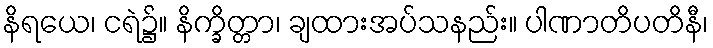
နိရယေ၊ ငရဲ၌။ နိက္ခိတ္တာ၊ ချထားအပ်သနည်း။ ပါဏာတိပတိနီ၊